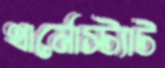
থার্মোস্ট্যাট